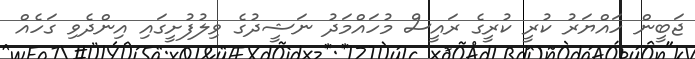
ޖަބީން ހައްޔަރު ކުރީ ކުރީގެ ރައީސް މުހައްމަދު ނަޝީދުގެ ވިލުފުށީގައި އިންދެވި ގަހެއް